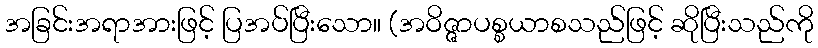
အခြင်းအရာအားဖြင့် ပြအပ်ပြီးသော။ (အဝိဇ္ဇာပစ္စယာစသည်ဖြင့် ဆိုပြီးသည်ကို